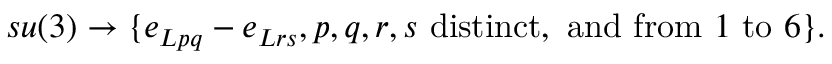
s u ( 3 ) \rightarrow \{ e _ { L p q } - e _ { L r s } , p , q , r , s \mathrm { ~ d i s t i n c t , ~ a n d ~ f r o m ~ } 1 \mathrm { ~ t o ~ } 6 \} .